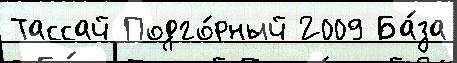
Тассай Подго́рный 2009 Ба́за